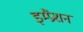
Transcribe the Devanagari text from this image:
इम्प्रैशन